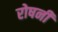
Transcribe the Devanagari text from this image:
रोषनी